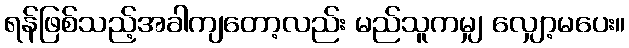
ရန်ဖြစ်သည့်အခါကျတော့လည်း မည်သူကမျှ လျှော့မပေး။